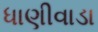
ધાણીવાડા